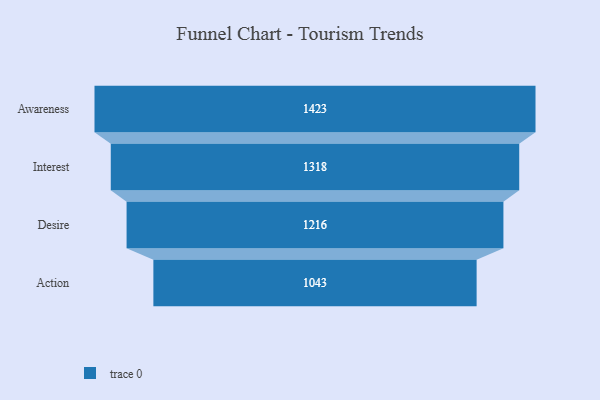
{"axis": {"x": "Stage", "y": "Value"}, "legend": [""], "data": [{"x": "Awareness", "y": 1423.0, "type": ""}, {"x": "Interest", "y": 1318.0, "type": ""}, {"x": "Desire", "y": 1216.0, "type": ""}, {"x": "Action", "y": 1043.0, "type": ""}]}